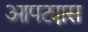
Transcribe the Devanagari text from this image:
आपट्यास